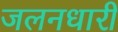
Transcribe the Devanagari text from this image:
जलनधारी